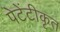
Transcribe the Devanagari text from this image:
पेटेंटीकृत